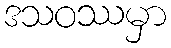
ဒသဝဿမှာ